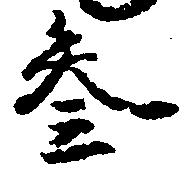
参